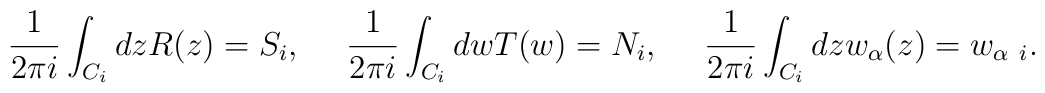
\frac{1}{2\pi i}\int_{C_i}dz R(z) = S_i, ~~~~ \frac{1}{2\pi i}\int_{C_i} dw T(w) = N_i, ~~~~\frac{1}{2\pi i}\int_{C_i}dz w_{\alpha}(z) =w_{\alpha~i}.